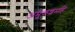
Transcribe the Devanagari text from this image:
अमुकशमहिं